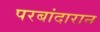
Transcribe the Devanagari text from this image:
परबांदारान